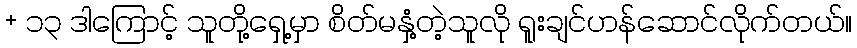
+ ၁၃ ဒါကြောင့် သူတို့ရှေ့မှာ စိတ်မနှံ့တဲ့သူလို ရူးချင်ဟန်ဆောင်လိုက်တယ်။